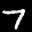
Label: 7